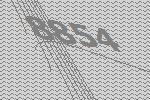
8854